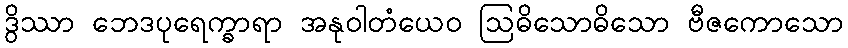
ဒွိဿာ ဘေဒပုရေက္ခာရာ အနုဝါတံယေဝ ဩဓိသောဓိသော ဗီဇကောသော